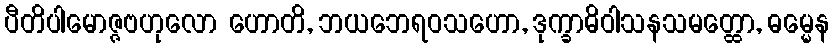
ပီတိပါမောဇ္ဇဗဟုလော ဟောတိ, ဘယဘေရဝသဟော, ဒုက္ခာဓိဝါသနသမတ္ထော, ဓမ္မေန